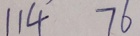
1 1 4 7 6